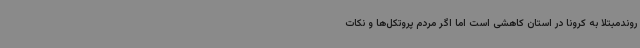
روندمبتلا به کرونا در استان کاهشی است اما اگر مردم پروتکل‌ها و نکات